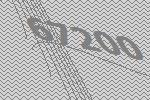
67200